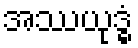
အဿယုဒ္ဓံ